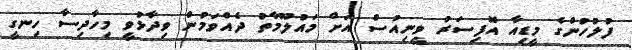
ފުލުހުންގެ މީޑިއާ އޮފިސަރު ވީނިއުސް އަށް މައުލޫމާތު ދެއްވަމުން ވިދާޅުވީ މިހާދިސާ ހިނގީ